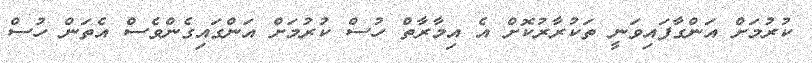
ކުރުމަށް އަންގާފައިވަނީ ތަކުރާރުކޮށް އެ އިމާރާތް ހުސް ކުރުމަށް އަންގައިގެންވެސް އެތަން ހުސް